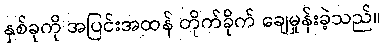
နှစ်ခုကို အပြင်းအထန် တိုက်ခိုက် ချေမှုန်းခဲ့သည်။